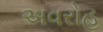
અવરોહ